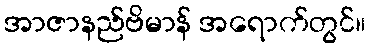
အာဇာနည်ဗိမာန် အရောက်တွင်။